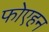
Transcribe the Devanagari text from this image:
फोएहन